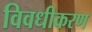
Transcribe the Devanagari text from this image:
विवधीकरण